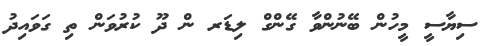
ސިޔާސީ މީހުން ބޭނުންވާ ގޭންގް ލިޑަރ ން ދޫ ކުރުވަން ތި ގަވައިދު